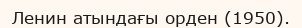
Ленин атындағы орден (1950).